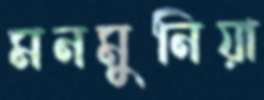
মনমুনিয়া